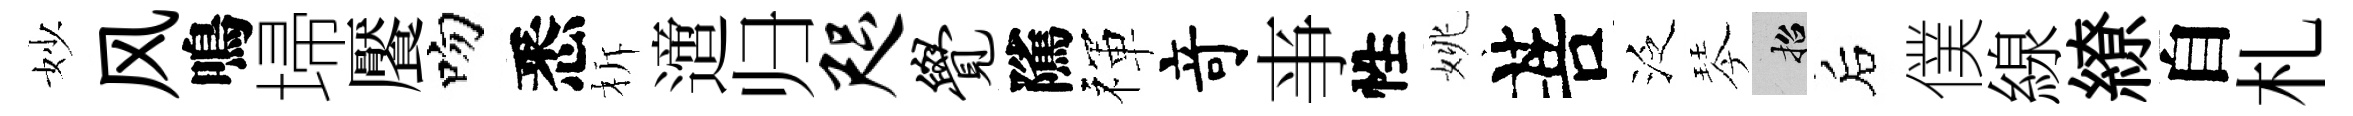
妙风鳴埽饜吻悉柝𨗁归咫觉隲禈竒亊性姚菩泛琴招后僕線繚自札